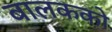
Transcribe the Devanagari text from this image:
बालकको